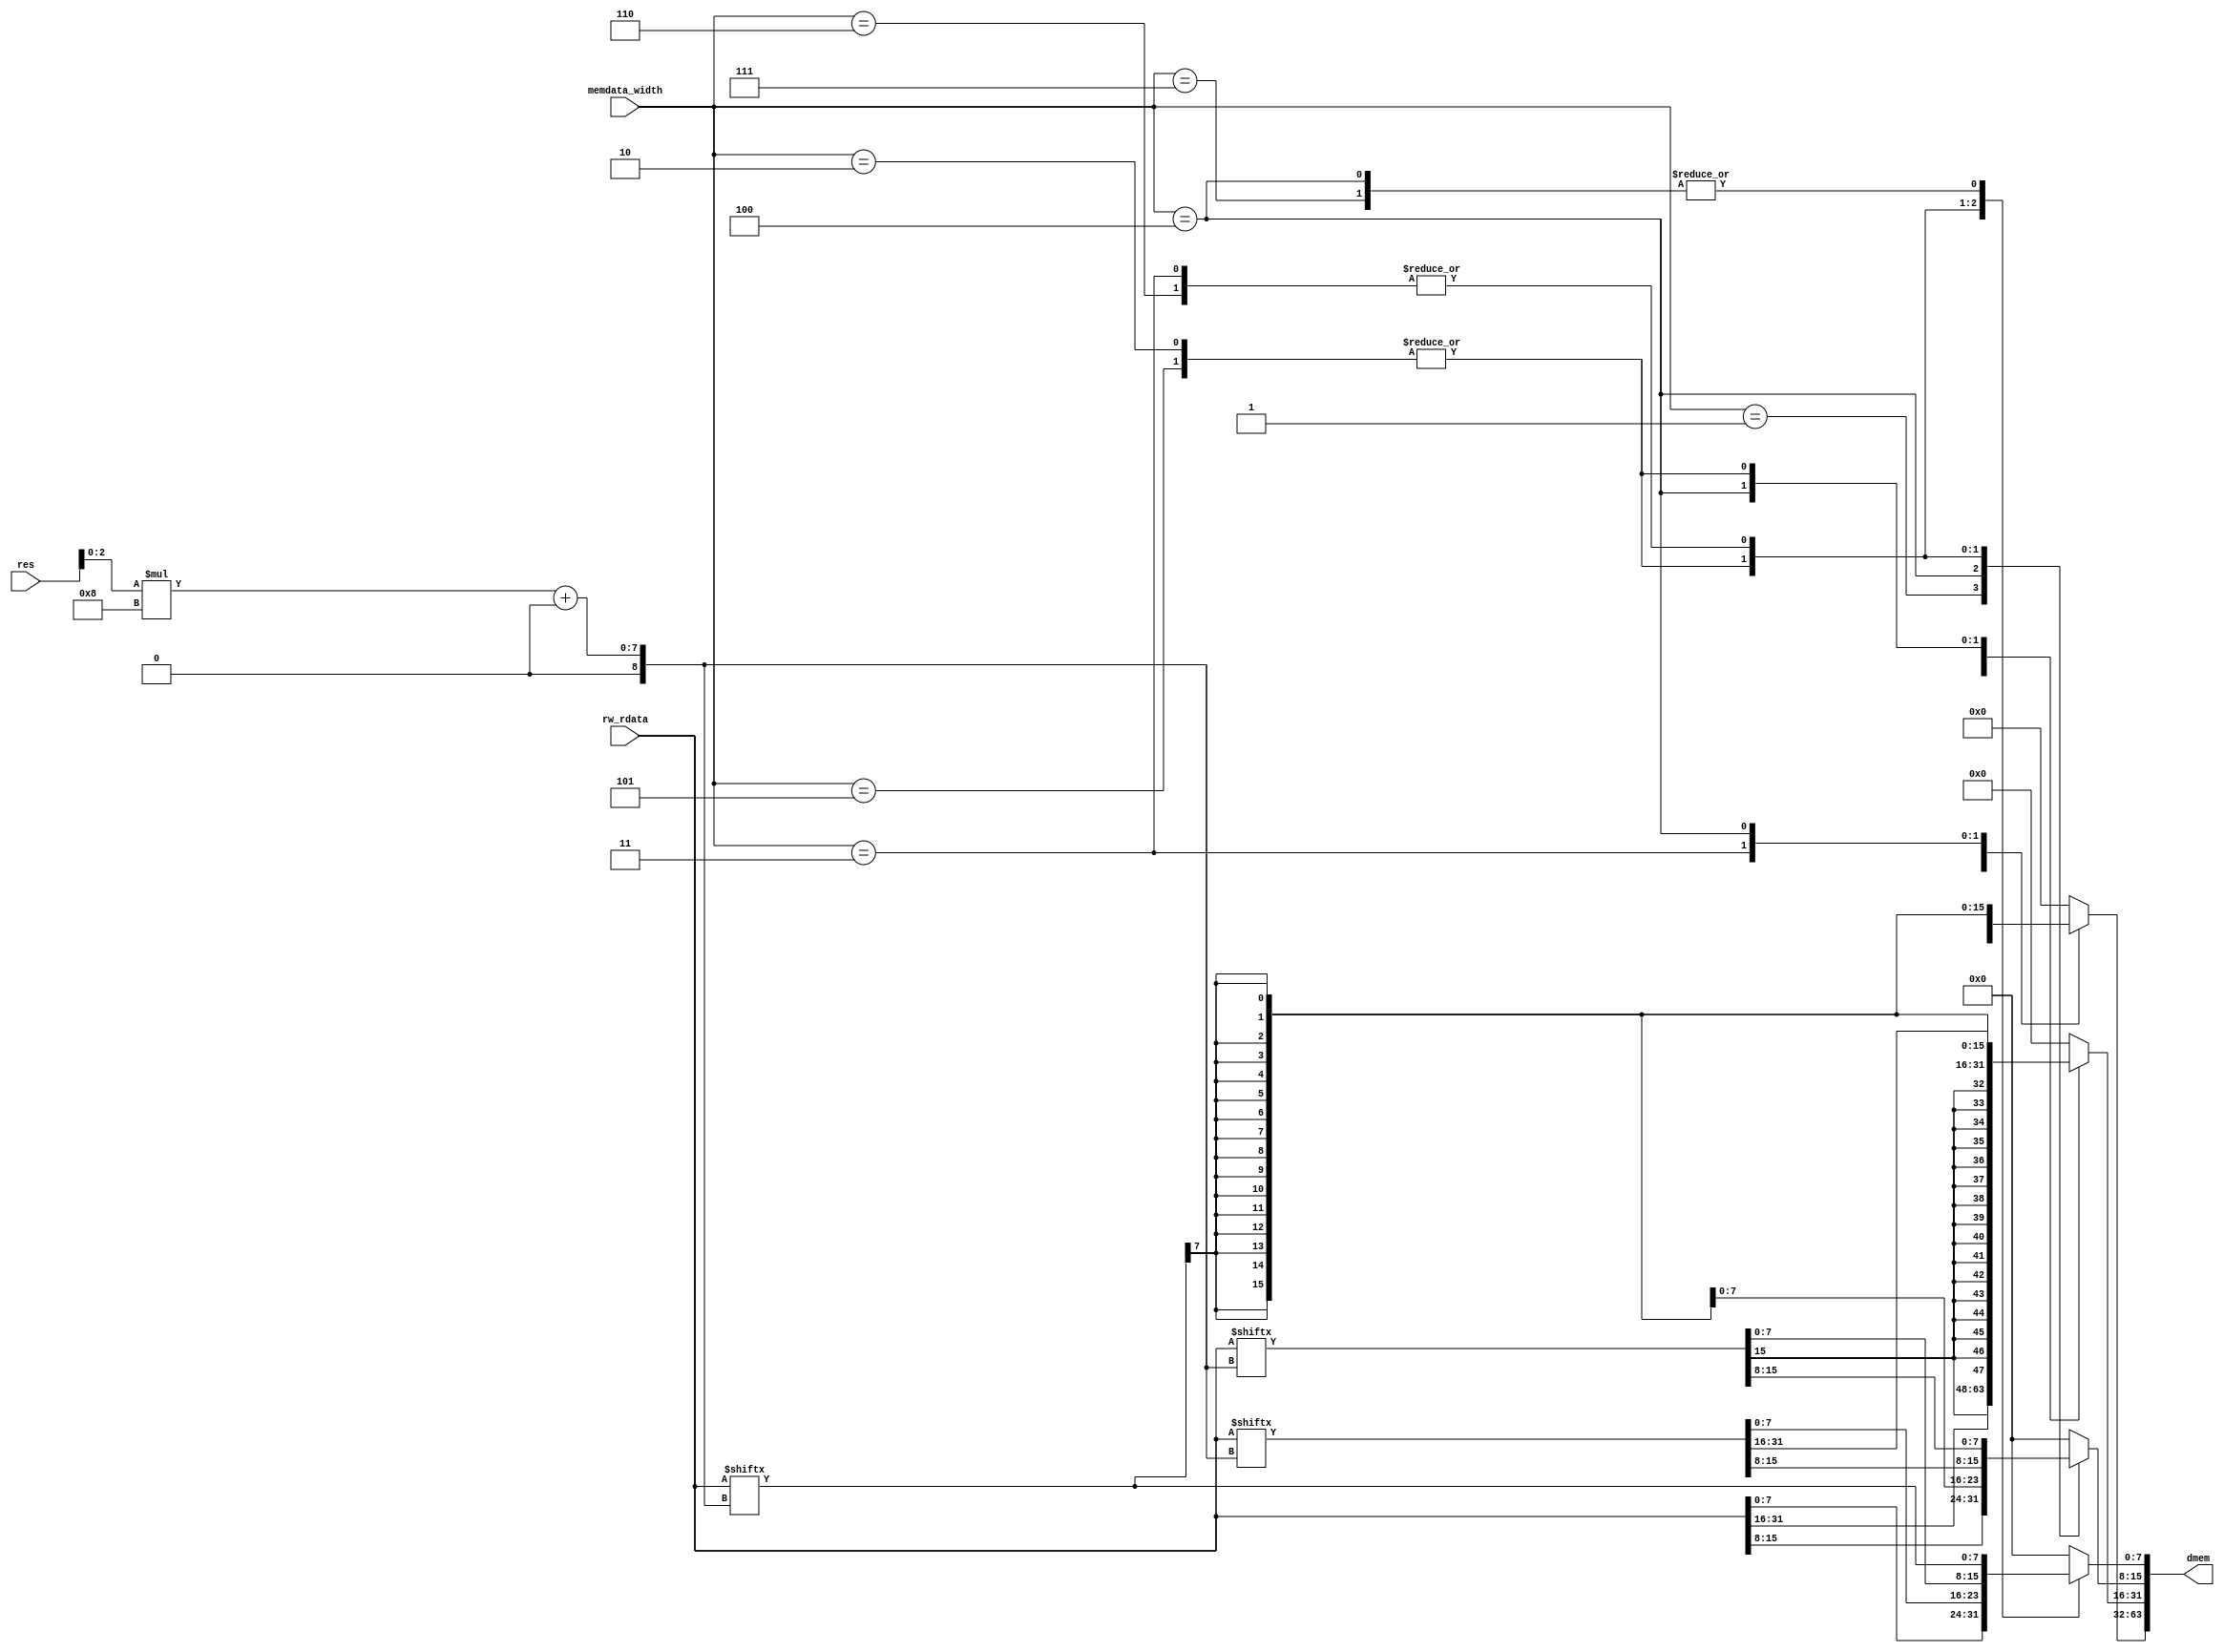
`timescale 1ns/1ps

module Data_Trunc(
    input [63:0] rw_rdata,
    input [63:0] res,
    input [2:0] memdata_width,

    output reg [63:0] dmem
);
    parameter DW = 3'b001,
               W = 3'b010,
              HW = 3'b011,
               B = 3'b100,
              UW = 3'b101,
             UHW = 3'b110,
              UB = 3'b111;
    always @(*)begin
        case(memdata_width)
            DW: dmem = rw_rdata;
             W: begin
                dmem[31:0] = rw_rdata[res[2:0]*8 +:32];
                dmem[63:32] = {32{dmem[31]}};
             end
            HW: begin
                dmem[15:0] = rw_rdata[res[2:0]*8 +:16];
                dmem[63:16] = {48{dmem[15]}};
             end
             B: begin
                dmem[7:0] = rw_rdata[res[2:0]*8 +:8];
                dmem[63:8] = {57{dmem[7]}};
             end
            UW: begin
                dmem[31:0] = rw_rdata[res[2:0]*8 +:32];
                dmem[63:32] = 0;
             end
           UHW: begin
                dmem[15:0] = rw_rdata[res[2:0]*8 +:16];
                dmem[63:16] = 0;
             end
            UB: begin
                dmem[7:0] = rw_rdata[res[2:0]*8 +:8];
                dmem[63:8] = 0;
             end
       default: dmem = 0;
        endcase
    end
endmodule